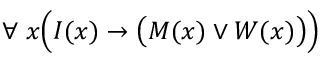
\forall \; x { \Big ( } I ( x ) \rightarrow { \big ( } M ( x ) \lor W ( x ) { \big ) } { \Big ) }